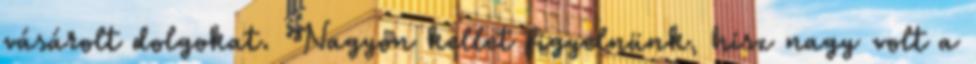
vásárolt dolgokat. Nagyon kellet figyelnünk, hisz nagy volt a